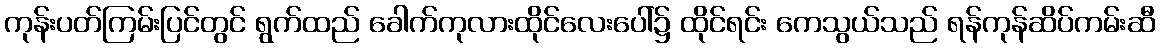
ကုန်းပတ်ကြမ်းပြင်တွင် ရွက်ထည် ခေါက်ကုလားထိုင်လေးပေါ်၌ ထိုင်ရင်း ကေသွယ်သည် ရန်ကုန်ဆိပ်ကမ်းဆီ